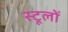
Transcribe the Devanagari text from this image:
स्टूलों